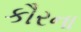
કૌરના